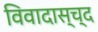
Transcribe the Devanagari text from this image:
विवादास्च्द